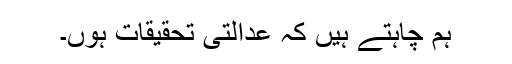
ہم چاہتے ہیں کہ عدالتی تحقیقات ہوں۔